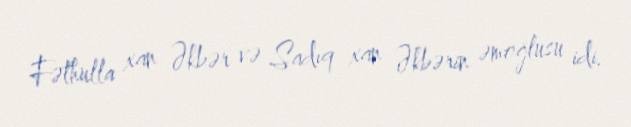
Fəthulla xan Əkbər və Sadıq xan Əkbərin əmoğlusu idi.